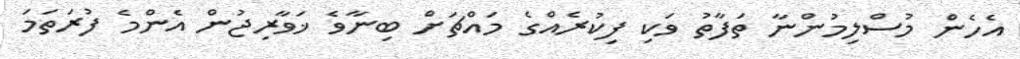
އެހެން މުސްލިމުންނާ ތަފާތު ވަކި ފިކުރެއްގެ މައްޗަށް ބިނާވެ ޚަވާރިޖުން އެންމެ ފުރަތަމަ